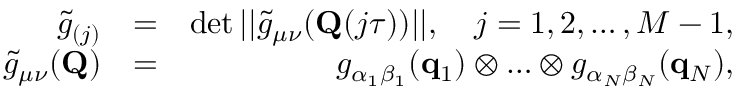
\begin{array} { r l r } { \tilde { g } _ { ( j ) } } & { = } & { \operatorname* { d e t } | | \tilde { g } _ { \mu \nu } ( \mathbf { Q } ( j \tau ) ) | | , ~ ~ ~ j = 1 , 2 , \ldots , M - 1 , } \\ { \tilde { g } _ { \mu \nu } ( \mathbf { Q } ) } & { = } & { g _ { \alpha _ { 1 } \beta _ { 1 } } ( \mathbf { q } _ { 1 } ) \otimes \ldots \otimes g _ { \alpha _ { N } \beta _ { N } } ( \mathbf { q } _ { N } ) , } \end{array}